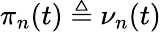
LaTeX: \pi_{n}(t)\triangleq\nu_{n}(t)